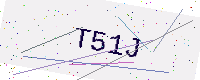
Text: T51J